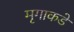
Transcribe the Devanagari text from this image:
मृगाकडे